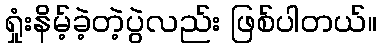
ရှုံးနိမ့်ခဲ့တဲ့ပွဲလည်း ဖြစ်ပါတယ်။